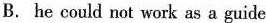
B. he could not work as a guide